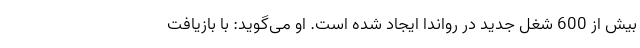
بیش از 600 شغل جدید در رواندا ایجاد شده است. او می‌گوید: با بازیافت